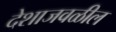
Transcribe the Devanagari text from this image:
देशाजवळील